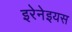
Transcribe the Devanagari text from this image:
इरेनेइयस